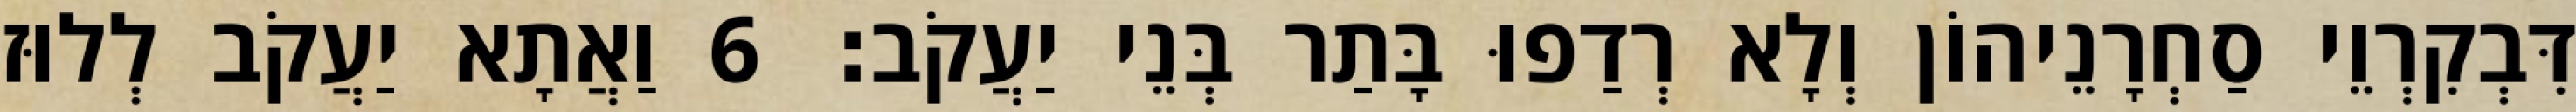
דִּבְקִרְוֵי סַחְרָנֵיהוֹן וְלָא רְדַפוּ בָּתַר בְּנֵי יַעֲקֹב׃ 6 וַאֲתָא יַעֲקֹב לְלוּז